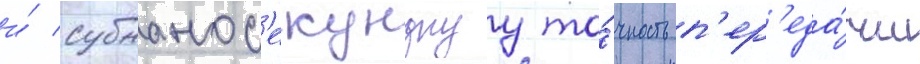
и́ субнанос'екунднуу то́чность п'ер'еда́чи